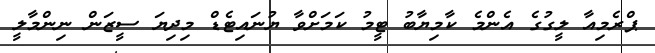
ޕްރެމިއާ ލީގުގެ އެންމެ ކާމިޔާބު ޓީމު ކަމަށްވާ ޔުނައިޓެޑް މިދިޔަ ސީޒަން ނިންމާލީ